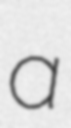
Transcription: a